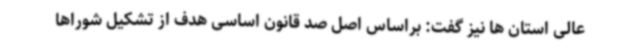
عالی استان ها نیز گفت: براساس اصل صد قانون اساسی هدف از تشکیل شوراها